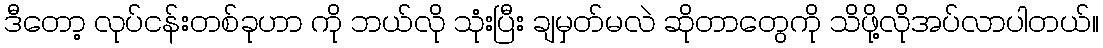
ဒီတော့ လုပ်ငန်းတစ်ခုဟာ ကို ဘယ်လို သုံးပြီး ချမှတ်မလဲ ဆိုတာတွေကို သိဖို့လိုအပ်လာပါတယ်။